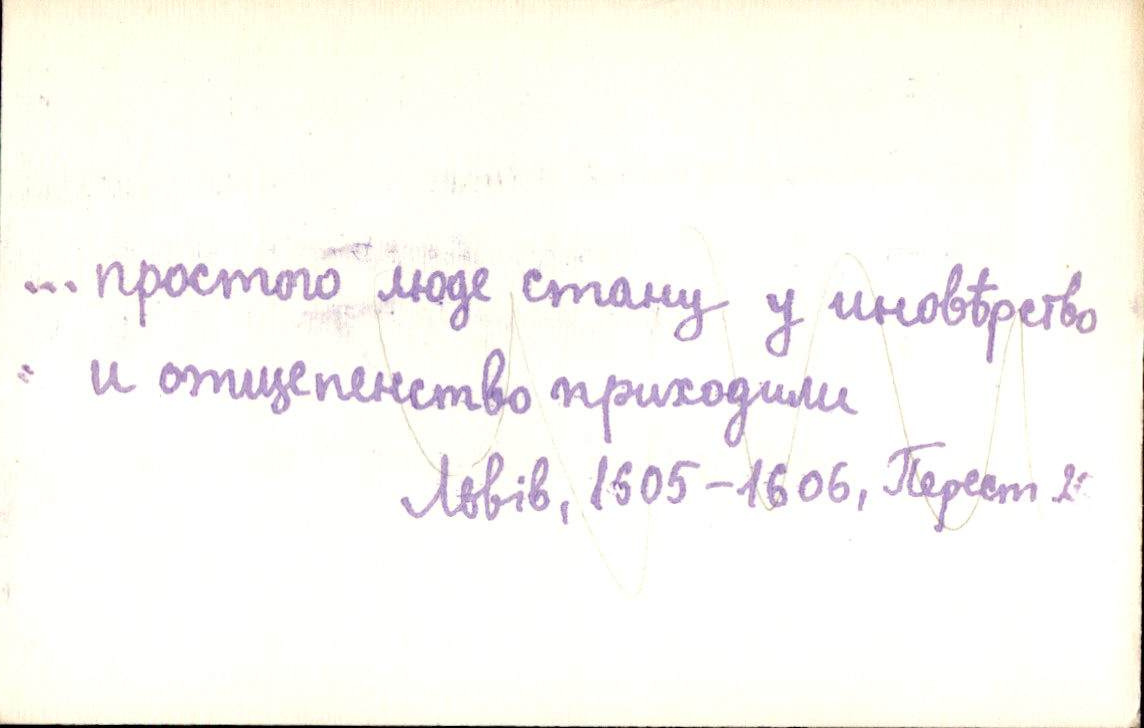
… простого люде стану у иновѣрство
и отщепенство приходили
Львів, 1605-1606, Перест. 29